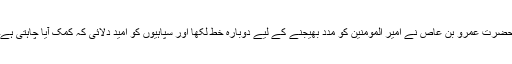
حضرت عمرو بن عاص نے امیر المومنین کو مدد بھیجنے کے لیے دوبارہ خط لکھا اور سپاہیوں کو امید دلائی کہ کمک آیا چاہتی ہے۔